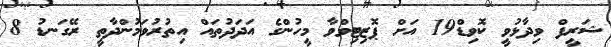
ޝަރީފް ވިދާޅުވީ ކޮވިޑް19 އަށް ޕޮޒިޓިވްވާ މީހުންގެ އަދަދުތައް އިތުރުވަމުންދާތީ ރޭގަނޑު 8